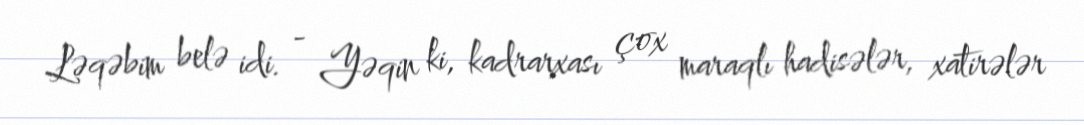
Ləqəbim belə idi. - Yəqin ki, kadrarxası çox maraqlı hadisələr, xatirələr